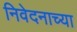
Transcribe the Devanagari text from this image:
निवेदनाच्या